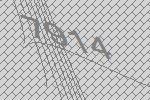
7914